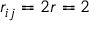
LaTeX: r _ { i j } = 2 r = 2